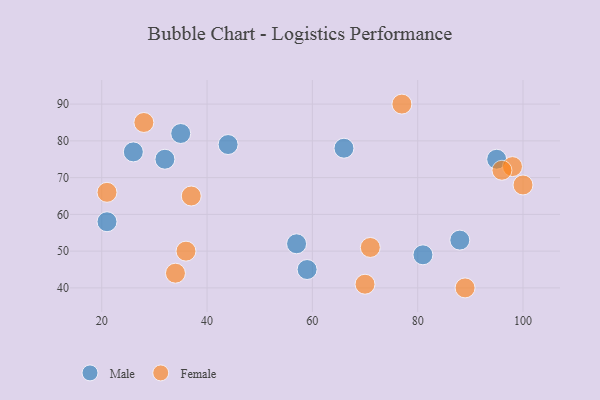
{"axis": {"x": "GDP", "y": "Life Expectancy"}, "legend": ["Female", "Male"], "data": [{"x": "59", "y": 45, "type": "Male"}, {"x": "66", "y": 78, "type": "Male"}, {"x": "57", "y": 52, "type": "Male"}, {"x": "21", "y": 58, "type": "Male"}, {"x": "88", "y": 53, "type": "Male"}, {"x": "26", "y": 77, "type": "Male"}, {"x": "44", "y": 79, "type": "Male"}, {"x": "32", "y": 75, "type": "Male"}, {"x": "81", "y": 49, "type": "Male"}, {"x": "35", "y": 82, "type": "Male"}, {"x": "95", "y": 75, "type": "Male"}, {"x": "71", "y": 51, "type": "Female"}, {"x": "98", "y": 73, "type": "Female"}, {"x": "37", "y": 65, "type": "Female"}, {"x": "70", "y": 41, "type": "Female"}, {"x": "28", "y": 85, "type": "Female"}, {"x": "36", "y": 50, "type": "Female"}, {"x": "96", "y": 72, "type": "Female"}, {"x": "100", "y": 68, "type": "Female"}, {"x": "89", "y": 40, "type": "Female"}, {"x": "21", "y": 66, "type": "Female"}, {"x": "77", "y": 90, "type": "Female"}, {"x": "34", "y": 44, "type": "Female"}]}